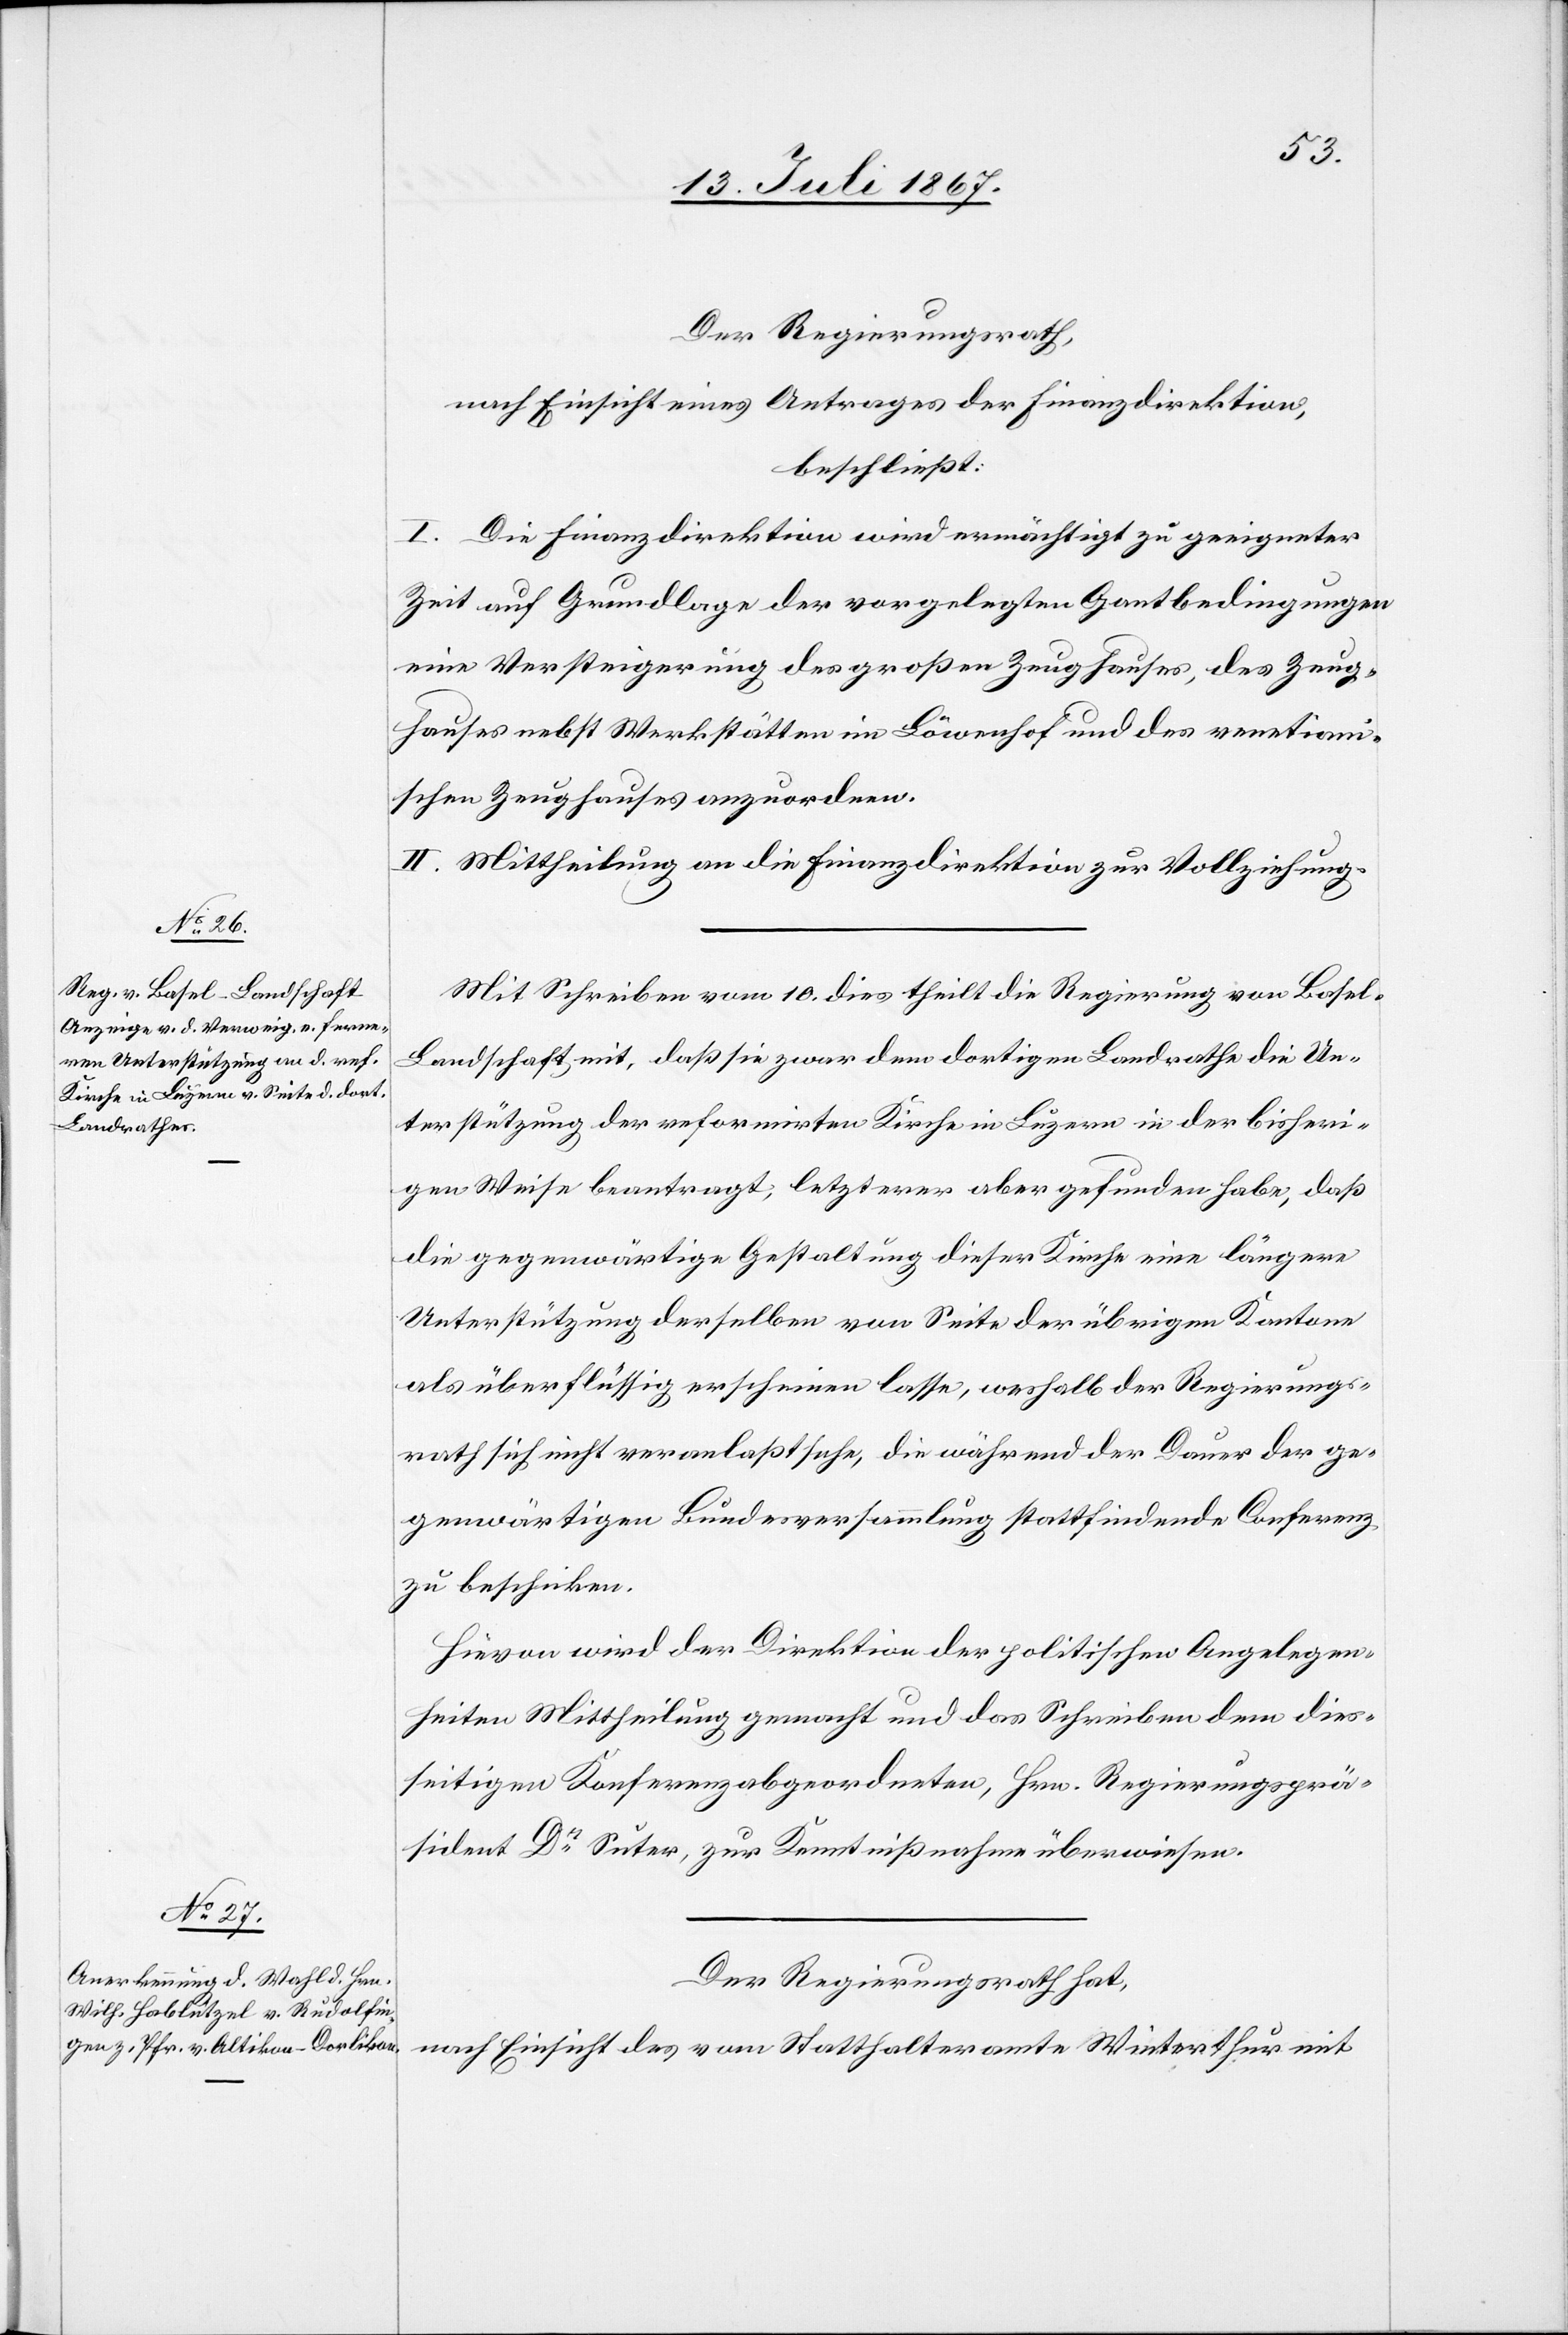
Der Regierungsrath,
nach Einsicht eines Antrages der Finanzdirektion,
beschließt:
I. Die Finanzdirektion wird ermächtigt zu geeigneter
Zeit auf Grundlage der vorgelegten Gantbedingungen
eine Versteigerung des großen Zeughauses, des Zeug¬
hauses nebst Werkstätten im Löwenkopf und des venetiani¬
schen Zeughauses anzuordnen.
II. Mittheilung an die Finanzdirektion zur Vollziehung.
Mit Schreiben vom 10. dies theilt die Regierung von Basel-L¬
andschaft mit, daß sie zwar dem dortigen Landrathe die Un¬
terstützung der reformirten Kirche in Luzern in der bisheri¬
gen Weise beantragte, letzterer aber gefunden habe, daß
die gegenwärtige Gestaltung dieser Kirche eine längere
Unterstützung derselben von Seite der übrigen Kantone
als überflüssig erscheinen lasse, weshalb der Regierungs¬
rath sich nicht veranlaßt sehe, die während der Dauer der ge¬
genwärtigen Bundesversammlung stattfindende Conferenz
zu beschicken.
Hievon wird der Direktion der politischen Angelegen¬
heiten Mittheilung gemacht und das Schreiben dem dies¬
seitigen Konferenzabgeordneten, Hrn. Regierungsprä¬
sident Dr. Suter, zur Kenntnißnahme überwiesen.
Der Regierungsrath hat,
nach Einsicht des vom Statthalteramte Winterthur mit